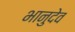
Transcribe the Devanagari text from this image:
भानुदेव